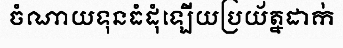
ចំណាយទុនធំដុំឡើយប្រយ័ត្នដាក់